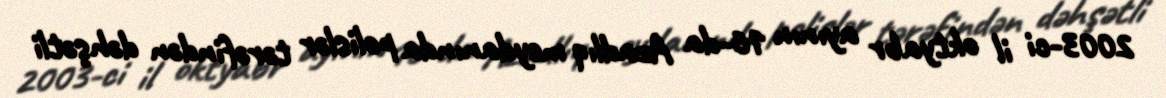
2003-ci il oktyabr ayının 16-da Azadlıq meydanında polislər tərəfindən dəhşətli